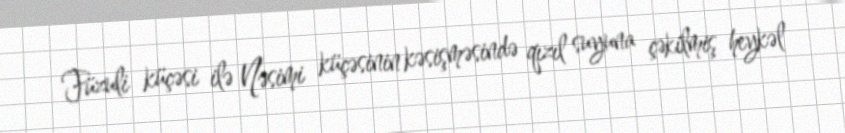
Füzuli küçəsi ilə Nəsimi küçəsinin kəsişməsində qızıl suyuna çəkilmiş heykəl